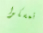
تمسكوا